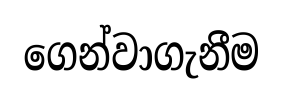
ගෙන්වාගැනීම